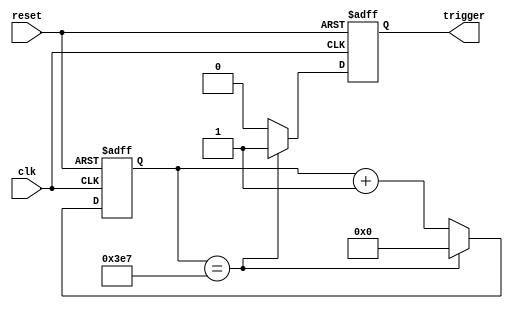
module periodic_timer (
    input wire clk,
    input wire reset,
    output reg trigger
);

parameter COUNTER_WIDTH = 16;
parameter PERIOD = 1000; // Specified time period in clock cycles

reg [COUNTER_WIDTH-1:0] counter;

always @(posedge clk or posedge reset) begin
    if (reset) begin
        counter <= 0;
        trigger <= 0;
    end else begin
        if (counter == PERIOD-1) begin
            counter <= 0;
            trigger <= 1;
        end else begin
            counter <= counter + 1;
            trigger <= 0;
        end
    end
end

endmodule